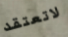
لاتعتقد